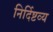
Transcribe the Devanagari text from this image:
निर्दिष्टव्य